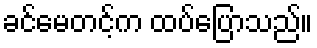
ခင်မေတင့်က ထပ်ပြောသည်။